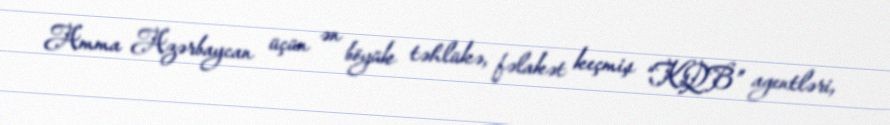
Amma Azərbaycan üçün ən böyük təhlükə, fəlakət keçmiş “KQB” agentləri,